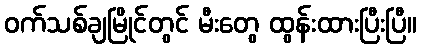
ဝက်သစ်ချမြိုင်တွင် မီးတွေ ထွန်းထားပြီးပြီ။